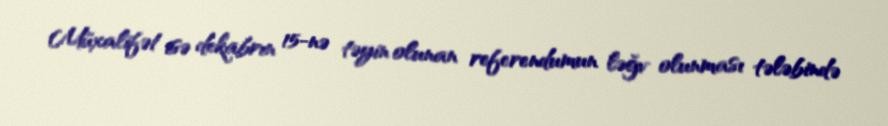
Müxalifət isə dekabrın 15-nə təyin olunan referendumun ləğv olunması tələbində